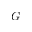
G